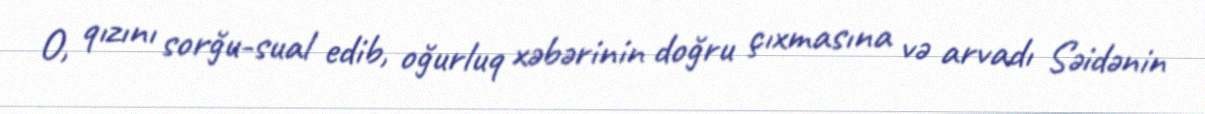
O, qızını sorğu-sual edib, oğurluq xəbərinin doğru çıxmasına və arvadı Səidənin